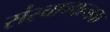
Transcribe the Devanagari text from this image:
संरचानात्नक